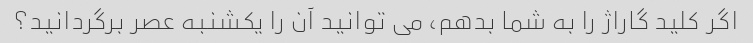
اگر کلید گاراژ را به شما بدهم، می توانید آن را یکشنبه عصر برگردانید؟